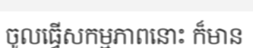
ចូលធ្វើសកម្មភាពនោះ ក៏មាន